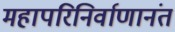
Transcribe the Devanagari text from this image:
महापरिनिर्वाणानंत